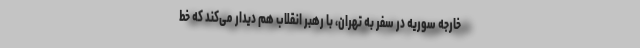
خارجه سوریه در سفر به تهران، با رهبر انقلاب هم دیدار می‌کند که خط